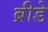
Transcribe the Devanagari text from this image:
ब्रीडे